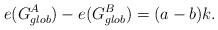
LaTeX: \begin{align*}e(G_{glob}^A) -e(G_{glob}^B) =(a-b)k.\end{align*}